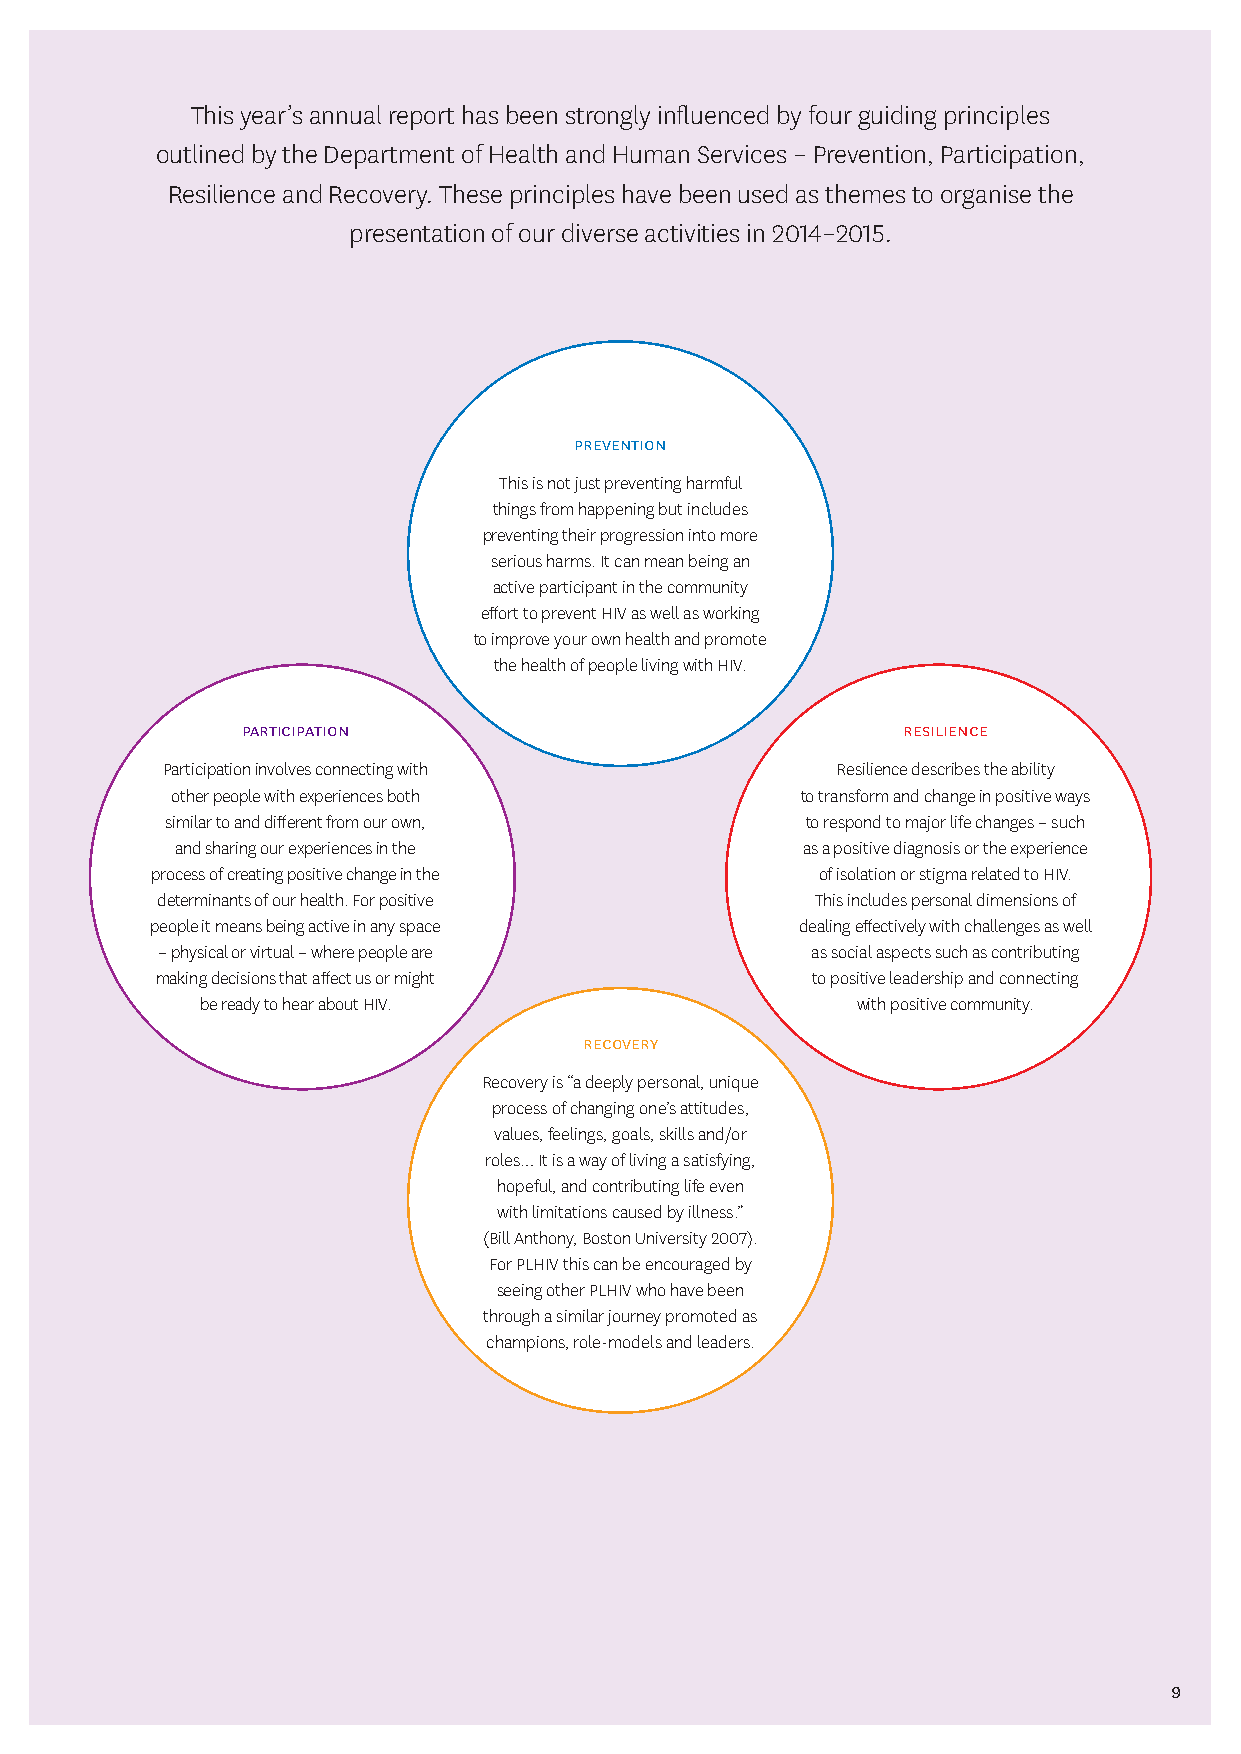
This year’s annual report has been strongly influenced by four guiding principles
 outlined by the Department of Health and Human Services – Prevention, Participation,
 Resilience and Recovery. These principles have been used as themes to organise the
 presentation of our diverse activities in 2014–2015.
 prevention
 This is not just preventing harmful
 things from happening but includes
 preventing their progression into more
 serious harms. It can mean being an
 active participant in the community
 effort to prevent HIV as well as working
 to improve your own health and promote
 the health of people living with HIV.
 participation                               resilience
 Participation involves connecting with      Resilience describes the ability
 other people with experiences both        to transform and change in positive ways
 similar to and different from our own,    to respond to major life changes – such
 and sharing our experiences in the       as a positive diagnosis or the experience
 process of creating positive change in the  of isolation or stigma related to HIV.
 determinants of our health. For positive    This includes personal dimensions of
 people it means being active in any space  dealing effectively with challenges as well
 – physical or virtual – where people are    as social aspects such as contributing
 making decisions that affect us or might    to positive leadership and connecting
 be ready to hear about HIV.                 with positive community.
 recovery
 Recovery is “a deeply personal, unique
 process of changing one’s attitudes,
 values, feelings, goals, skills and/or
 roles… It is a way of living a satisfying,
 hopeful, and contributing life even
 with limitations caused by illness.”
 (Bill Anthony, Boston University 2007).
 For PLHIV this can be encouraged by
 seeing other PLHIV who have been
 through a similar journey promoted as
 champions, role-models and leaders.
 9